Trukikaitis_Postimees, lk 39
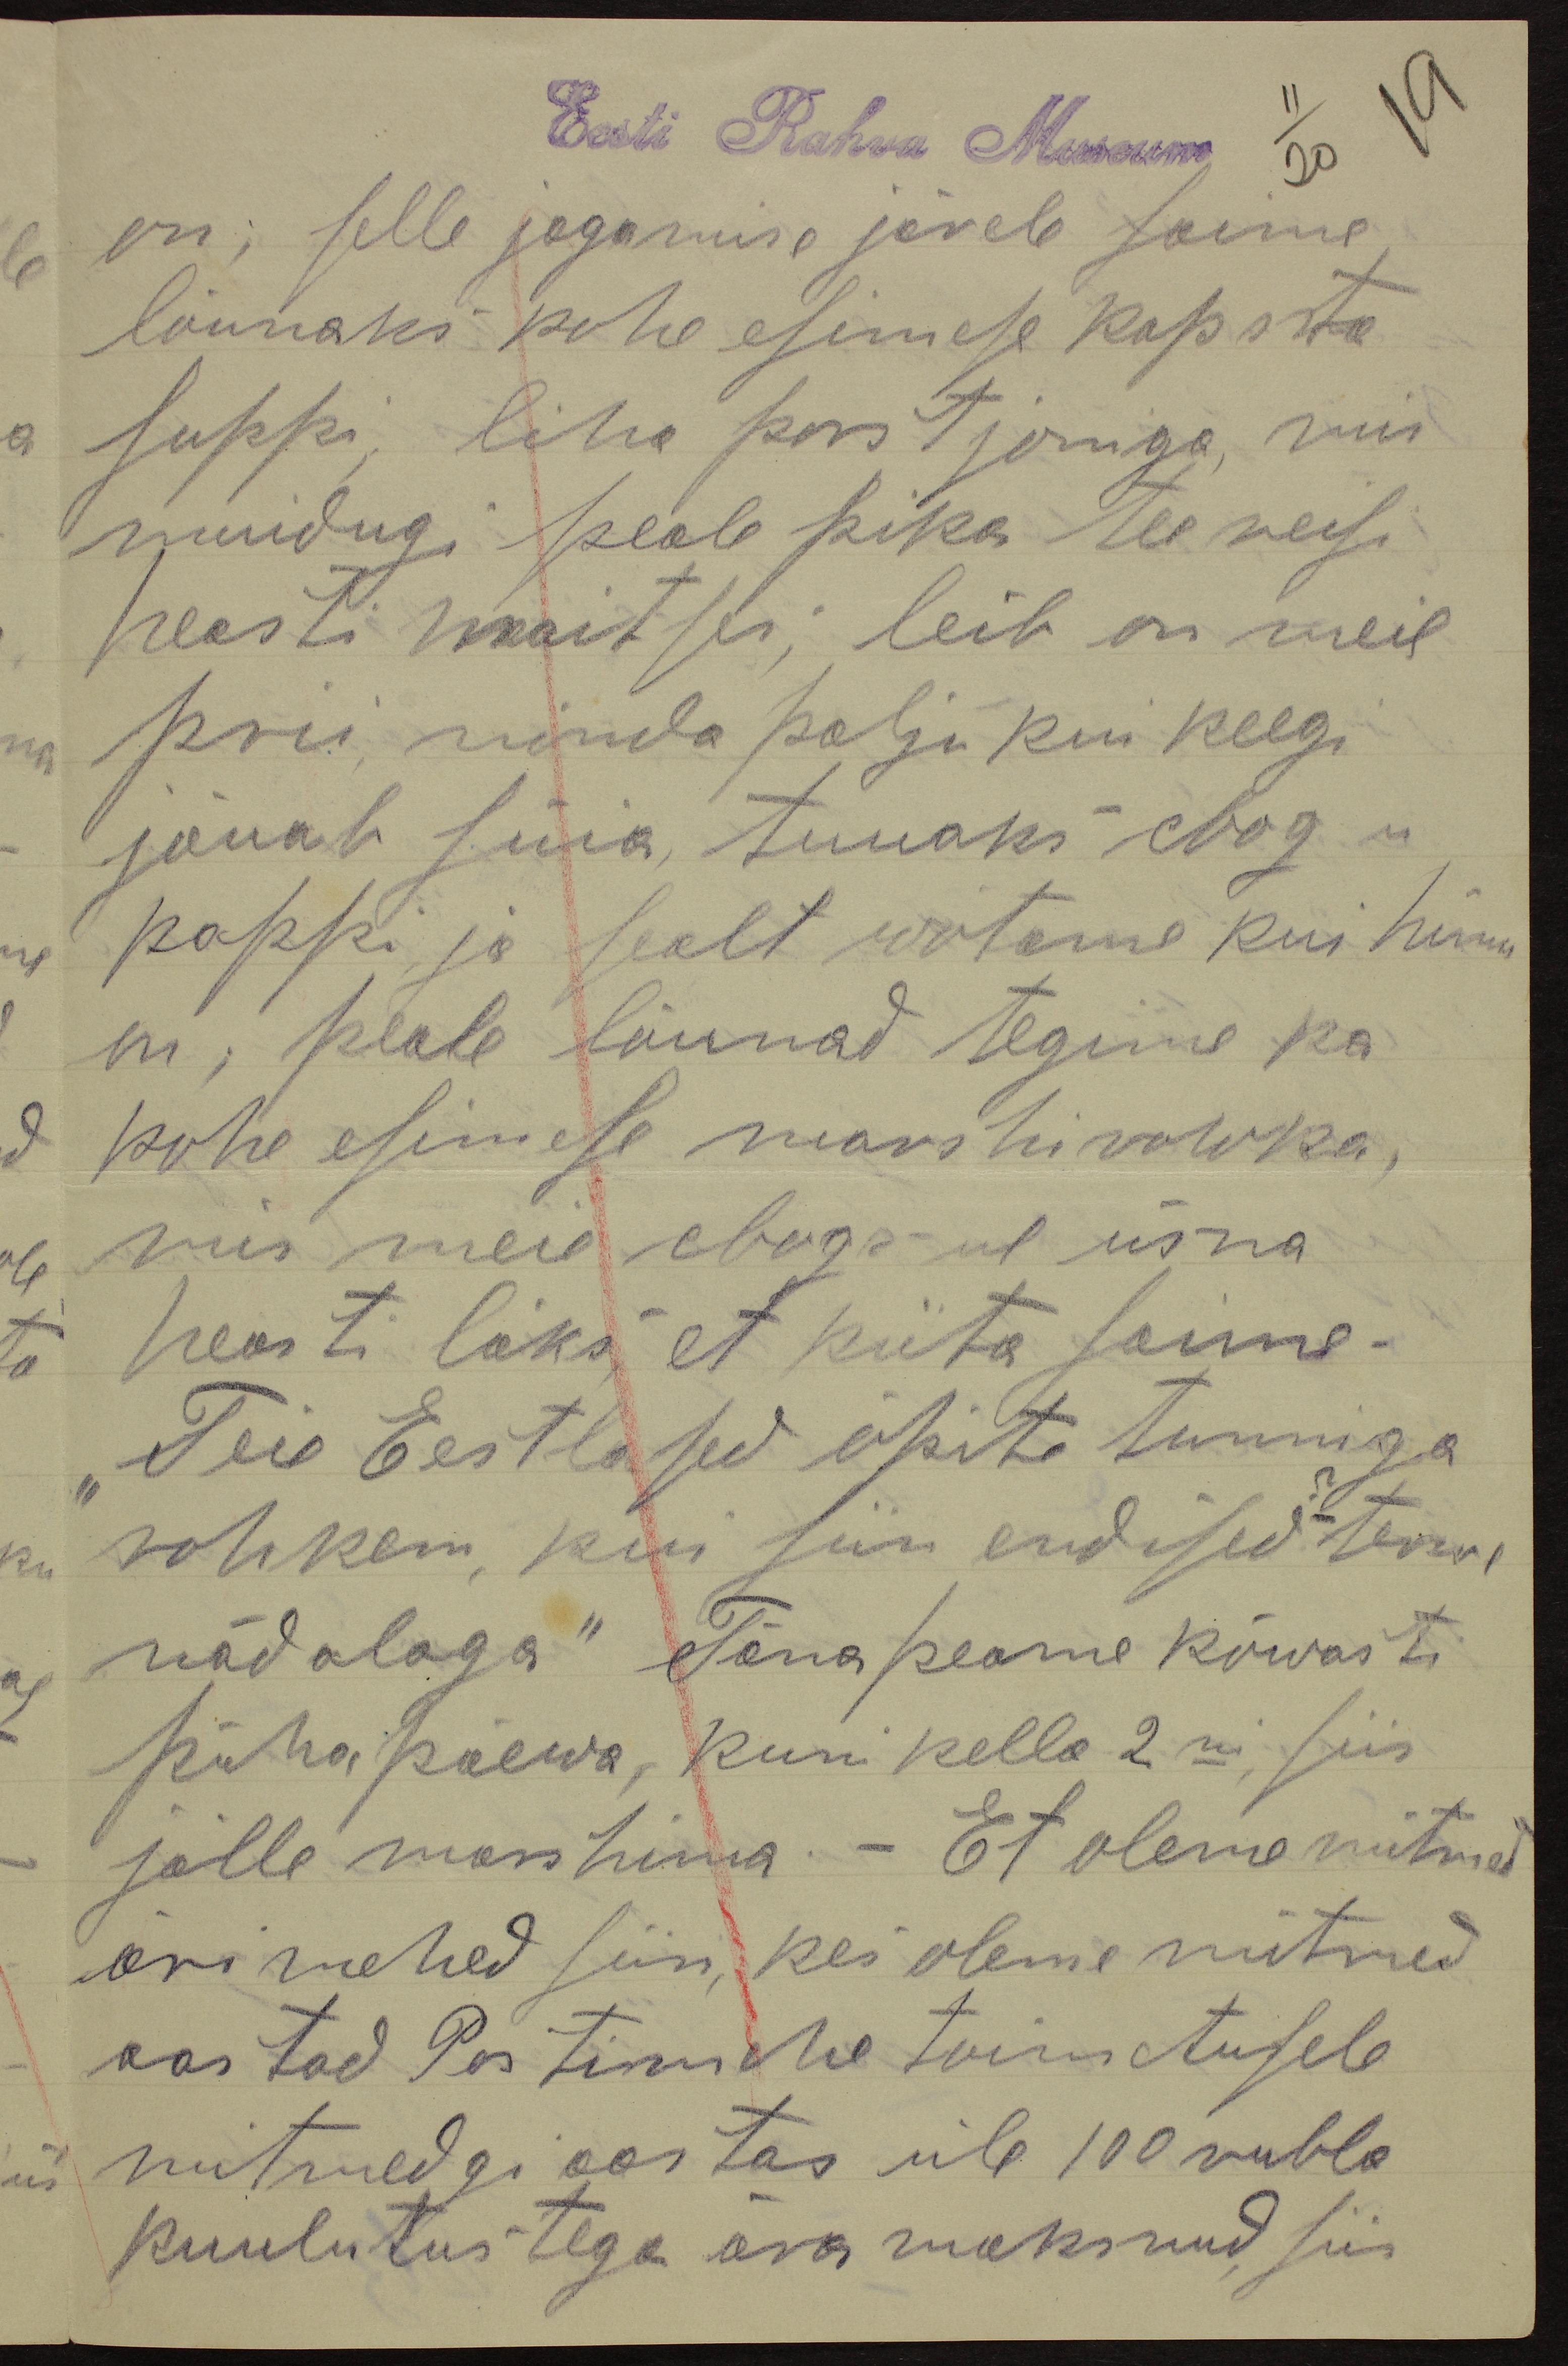
Eesti Rahva Museum
on; selle jagamise järele saime
lõunaks kohe esimese kapsta
suppi, liha porstjoniga, mis
muidugi peale pika tee veesi
heasti maitses; leib on meil
prii ninda palju kui keegi
jõuab süüa, tuuaks elrog ei
pappi ja sealt wõtame kui himu
on, peale lõunad tegime ka
kohe esimese marshirowka,
mis meie ehogsul üsna
heasti läks et kiita saime.
"Teie Eestlased õpite tunniga
rohkem kui siin endised terwe
nädalaga" Täna peame kõwasti
pühapäewa, kuni kella 2ni siis
jälle marshima. - Et oleme mitmed
äri mehed siin, kes oleme mitmed
aastad Postimehe toimetusele
mitmedgi aastas üle 100 rubla
kuulutustega osa maksnud, siis